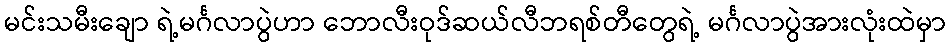
မင်းသမီးချော ရဲ့မင်္ဂလာပွဲဟာ ဘောလီးဝုဒ်ဆယ်လီဘရစ်တီတွေရဲ့ မင်္ဂလာပွဲအားလုံးထဲမှာ